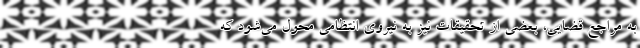
به مراجع قضایی، بعضی از تحقیقات نیز به نیروی انتظامی محول می‌شود که